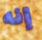
إنه